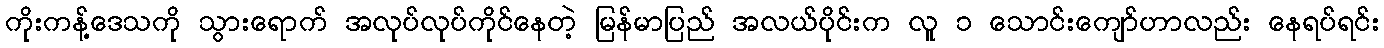
ကိုးကန့်ဒေသကို သွားရောက် အလုပ်လုပ်ကိုင်နေတဲ့ မြန်မာပြည် အလယ်ပိုင်းက လူ ၁ သောင်းကျော်ဟာလည်း နေရပ်ရင်း